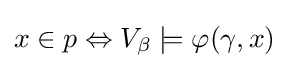
x\in p\Leftrightarrow V_{\beta }\models \varphi (\gamma ,x)